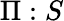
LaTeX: \Pi:S